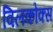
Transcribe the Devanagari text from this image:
विलकोक्स